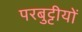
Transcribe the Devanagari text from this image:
परबुट्टीयों